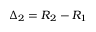
\Delta _ { 2 } = R _ { 2 } - R _ { 1 }